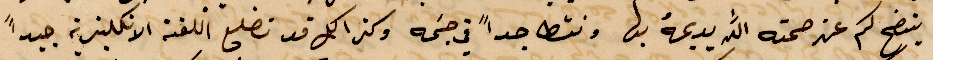
يتضح كم عن صمته الله يديمه بها ونشط جدًا في جسمه وكتر اكل قد تضلع اللفن الإنكليزية جيدًا